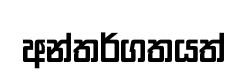
අන්තර්ගතයත්